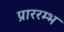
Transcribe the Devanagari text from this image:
प्राररम्भ